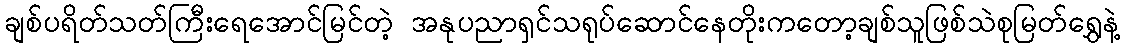
ချစ်ပရိတ်သတ်ကြီးရေအောင်မြင်တဲ့ အနုပညာရှင်သရုပ်ဆောင်နေတိုးကတော့ချစ်သူဖြစ်သဲစုမြတ်ရွှေနဲ့